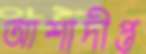
আশাদীপ্ত